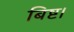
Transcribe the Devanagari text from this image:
बिष्ट।